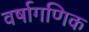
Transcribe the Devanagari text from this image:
वर्षागणिक